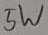
Text: 5W